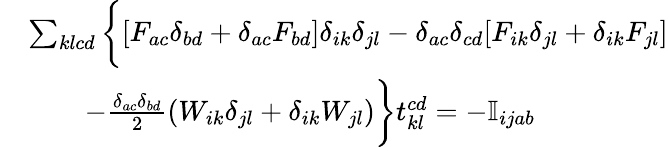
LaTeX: \begin{array}{rl}&{\sum_{klcd}\bigg\{ [F_{ac}\delta_{bd}+\delta_{ac}F_{bd}]\delta_{ik}\delta_{jl}-\delta_{ac}\delta_{cd}[F_{ik}\delta_{jl}+\delta_{ik}F_{jl}]}\\ &{\qquad-\frac{\delta_{ac}\delta_{bd}}{2}(W_{ik}\delta_{jl}+\delta_{ik}W_{jl})\bigg\} t_{kl}^{cd}=-\mathbb{I}_{ijab}}\end{array}